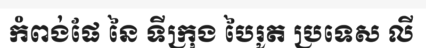
កំពង់ផែ នៃ ទីក្រុង បៃរូត ប្រទេស លី